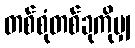
တစ်စုံတစ်ခုကိုမျှ